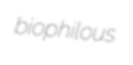
biophilous